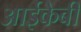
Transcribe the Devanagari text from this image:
आईकेबी